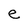
Character: e